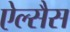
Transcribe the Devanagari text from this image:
ऐल्सैस